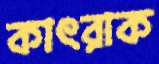
কাৎরাক